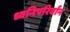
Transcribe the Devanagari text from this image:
ध्वनिपरिर्वान